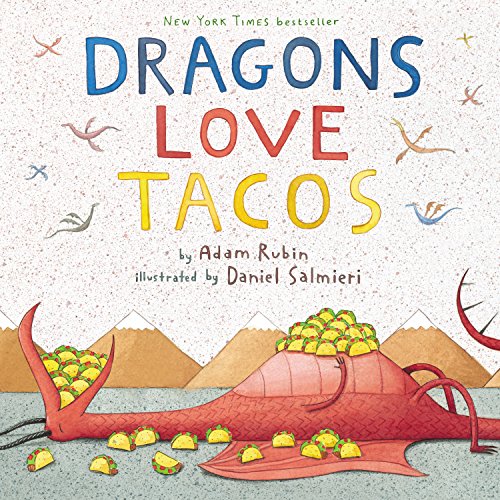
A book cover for Dragons Love Tacos; Adam Rubin; Children's Books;